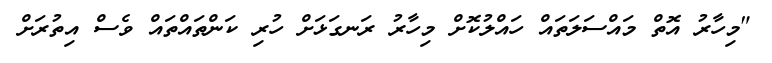
"މިހާރު އޮތް މައްސަލަތައް ހައްލުކޮށް މިހާރު ރަނގަޅަށް ހުރި ކަންތައްތައް ވެސް އިތުރަށް